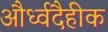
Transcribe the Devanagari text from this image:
और्ध्वदैहीक